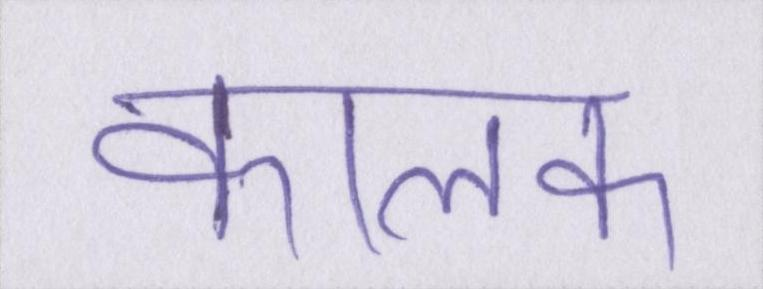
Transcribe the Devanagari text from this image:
कालम